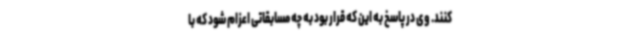
کنند. وی در پاسخ به این که قرار بود به چه مسابقاتی اعزام شود که با